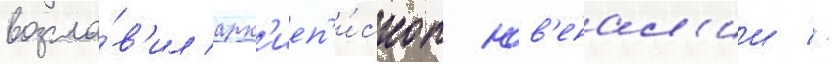
возгла́в'ил арх'иеп'и́скоп юв'енал'ии //